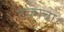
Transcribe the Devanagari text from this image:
टंकाचा